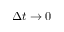
\Delta t \rightarrow 0